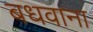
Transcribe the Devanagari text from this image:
बधवाना